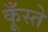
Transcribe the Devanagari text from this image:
कूँस्ते